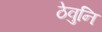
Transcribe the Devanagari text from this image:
ठेवुनि